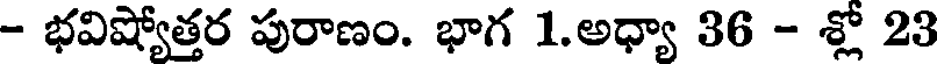
- భవిష్యోత్తర పురాణం. భాగ 1.అధ్యా 36 - శ్లో 23